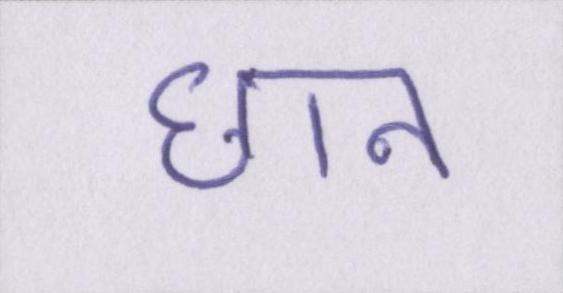
छान